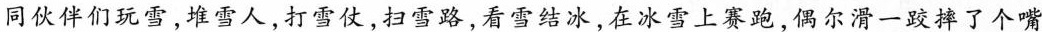
同伙伴们玩雪，堆雪人，打雪仗，扫雪路，看雪结冰，在冰雪上赛跑，偶尔滑一跤摔了个嘴